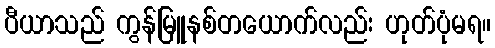
ပီယာသည် ကွန်မြူနစ်တယောက်လည်း ဟုတ်ပုံမရ။